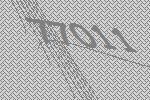
77011